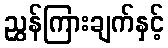
ညွှန်ကြားချက်နှင့်